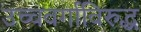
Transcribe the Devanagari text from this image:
उच्चवर्गाविरुद्ध